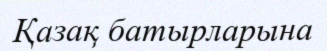
Қазақ батырларына